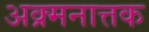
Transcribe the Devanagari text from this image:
अक्र्मनात्तक